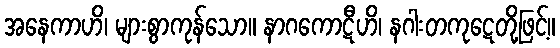
အနေကာဟိ၊ များစွာကုန်သော။ နာဂကောဋီဟိ၊ နဂါးတကုဋေတို့ဖြင့်။